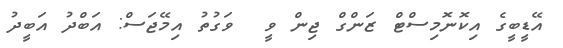
އޭޑީބީގެ އިކޮނޮމިސްޓް ޒަންގް ޖިން ވީ  ވަގުތު އިމޭޖަސް: އަބްދު އަބީދު